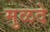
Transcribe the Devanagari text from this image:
मुळदे